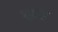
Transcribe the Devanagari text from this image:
र्डाह